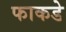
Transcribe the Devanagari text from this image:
फाकडे